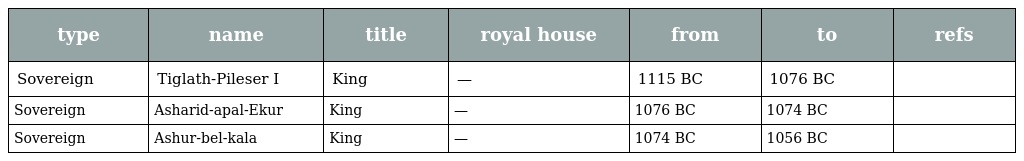
| type | name | title | royal house | from | to | refs |
 | --- | --- | --- | --- | --- | --- | --- |
 | Sovereign | Tiglath-Pileser I | King | — | 1115 BC | 1076 BC |  |
 | Sovereign | Asharid-apal-Ekur | King | — | 1076 BC | 1074 BC |  |
 | Sovereign | Ashur-bel-kala | King | — | 1074 BC | 1056 BC |  |